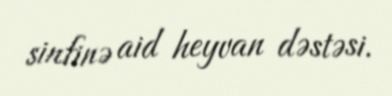
sinfinə aid heyvan dəstəsi.